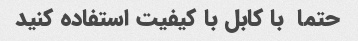
حتما  با کابل با کیفیت استفاده کنید